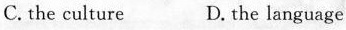
C. the culture D. The language